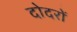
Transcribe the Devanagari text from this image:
दोदरों